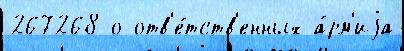
267268 о отв'е́тств'енных а́рм'иjа